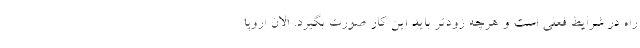
راه در شرایط فعلی است و هرچه زودتر باید این کار صورت بگیرد. الان اروپا